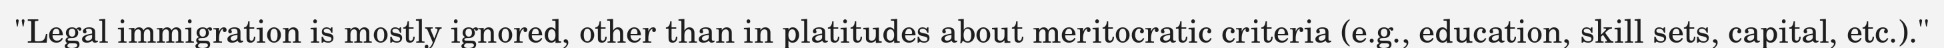
"Legal immigration is mostly ignored, other than in platitudes about meritocratic criteria (e.g., education, skill sets, capital, etc.)."